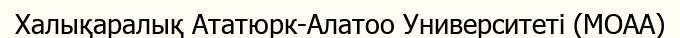
Халықаралық Ататюрк-Алатоо Университеті (MOAA)